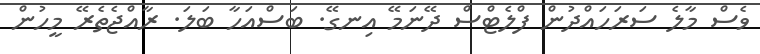
ވެސް މާލެ ސަރަހައްދުން ފްލެޓްސް ދޭނަމޭ އިނގޭ. ބަސްއަހާ ބަލަ. ރާއްޖެތެރޭ މީހުން